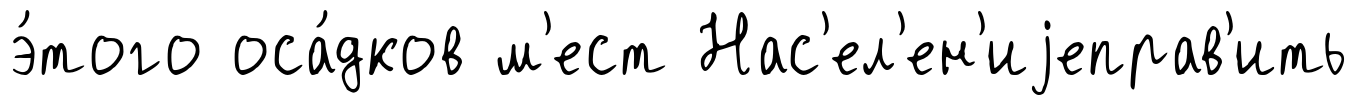
э́того оса́дков м'ест Нас'ел'ен'иjеправ'ить